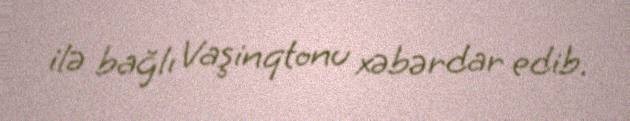
ilə bağlı Vaşinqtonu xəbərdar edib.